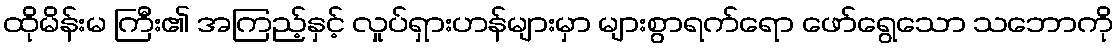
ထိုမိန်းမ ကြီး၏ အကြည့်နှင့် လှုပ်ရှားဟန်များမှာ များစွာရက်ရော ဖော်ရွေသော သဘောကို